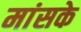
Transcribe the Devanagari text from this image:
मांसके